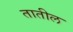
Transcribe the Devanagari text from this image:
तातील